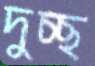
দুচ্ছ